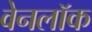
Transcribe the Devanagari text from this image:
वेनलॉक